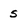
Character: s